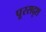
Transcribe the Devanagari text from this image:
पूरसदृश